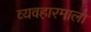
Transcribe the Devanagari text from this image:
व्यवहारमाला